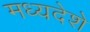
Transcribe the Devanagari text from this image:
मध्यदेशे